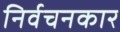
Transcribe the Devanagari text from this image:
निर्वचनकार